Scottish assistants in French and Prussian schools and colleges, 1912
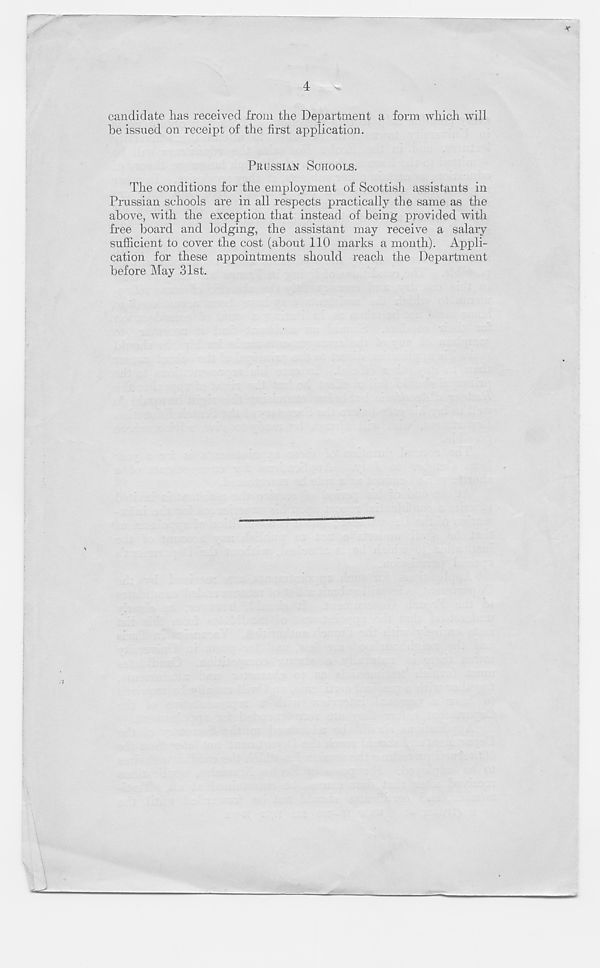
4
candidate has received from the Department a form which will
he issued on receipt of the first application.
PRUSSIAN SCHOOLS.
The conditions for the employment of Scottish assistants in
Prussian schools are in all respects practically the same as the
above, with the exception that instead of being provided with
free board and lodging, the assistant may receive a salary
sufficient to cover the cost (about 110 marks a month). Appli-
cation for these appointments should reach the Department
before May 31st.